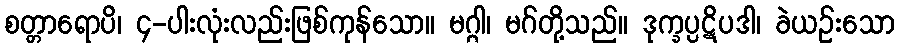
စတ္တာရောပိ၊ ၄-ပါးလုံးလည်းဖြစ်ကုန်သော။ မဂ္ဂါ၊ မဂ်တို့သည်။ ဒုက္ခပ္ပဋိပဒါ၊ ခဲယဉ်းသော